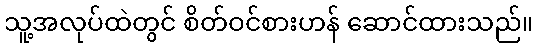
သူ့အလုပ်ထဲတွင် စိတ်ဝင်စားဟန် ဆောင်ထားသည်။